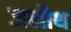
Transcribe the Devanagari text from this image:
जलौथ